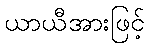
ယာယီအားဖြင့်